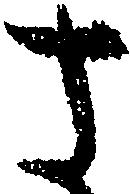
さ